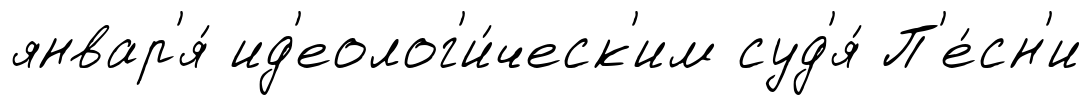
январ'я́ ид'еолог'и́ческ'им суд'я́ П'е́сн'и